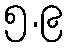
၅.၉